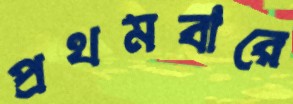
প্রথমবারে